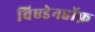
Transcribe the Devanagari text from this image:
विएडेनहॉफ़